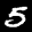
Label: 5